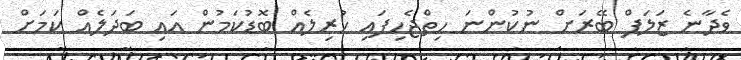
ވެދާނެ ޒަލަފް ބޭރަށް ނުކުންނަ ހިތްޖެހިފައި ހުރިލެއް ބޮޑުކަމުން އައި ބަދަލެއް ކަމަށް